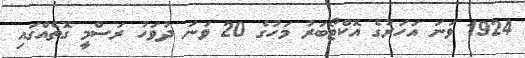
1924 ވަނަ އަހަރުގެ އޮކްޓޯބަރު މަހުގެ 20 ވަނަ ދުވަހު ރަސްމީ ގޮތެއްގައި